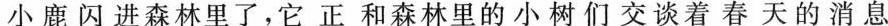
小鹿闪进森林里了，它正和森林里的小树们交谈着春天的消息